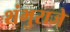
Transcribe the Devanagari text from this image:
शंभुराजे